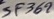
Text: SF369